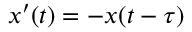
x ^ { \prime } ( t ) = - x ( t - \tau )